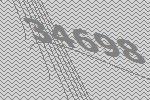
34698